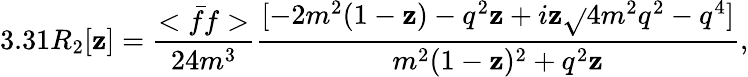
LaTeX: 3.31R_{2}[\mathbf{z}]=\frac{{<\bar{{f}}f>}}{{24m^{3}}}\frac{{[-2m^{2}(1-\mathbf{z})-q^{2}\mathbf{z}+i\mathbf{z}\sqrt{}{{4m^{2}q^{2}-q^{4}}}]}}{{m^{2}(1-\mathbf{z})^{2}+q^{2}\mathbf{z}}},